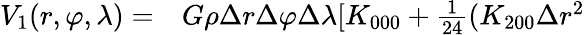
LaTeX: \begin{array}{rl}{V_{1}(r,\varphi,\lambda)=}&{{}G\rho\Delta r\Delta\varphi\Delta\lambda[K_{000}+\frac{1}{24}(K_{200}\Delta{r^{2}}}\end{array}